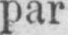
par